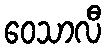
ဝေသာလီ